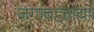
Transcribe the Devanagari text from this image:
जगाबद्दलचा